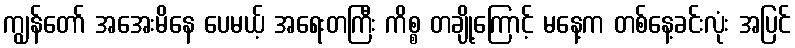
ကျွန်တော် အအေးမိနေ ပေမယ့် အရေးတကြီး ကိစ္စ တချို့ကြောင့် မနေ့က တစ်နေ့ခင်းလုံး အပြင်